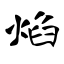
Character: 焰